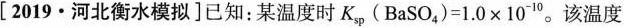
[2019·河北衡水模拟]已知：某温度时$$K_{sp}(BaSO_{4})=1.0×10^{-10}$$。该温度